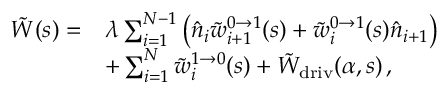
\begin{array} { r l } { \tilde { W } ( s ) = } & { \lambda \sum _ { i = 1 } ^ { N - 1 } \left( \hat { n } _ { i } \tilde { w } _ { i + 1 } ^ { 0 \to 1 } ( s ) + \tilde { w } _ { i } ^ { 0 \to 1 } ( s ) \hat { n } _ { i + 1 } \right) } \\ & { + \sum _ { i = 1 } ^ { N } \tilde { w } _ { i } ^ { 1 \to 0 } ( s ) + \tilde { W } _ { \mathrm { d r i v } } ( \alpha , s ) \, , } \end{array}